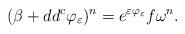
LaTeX: \begin{align*}(\beta + dd^c \varphi_\varepsilon)^n = e^{\varepsilon \varphi_\varepsilon} f \omega^n.\end{align*}